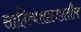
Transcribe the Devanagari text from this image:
साहित्यशास्त्रातील